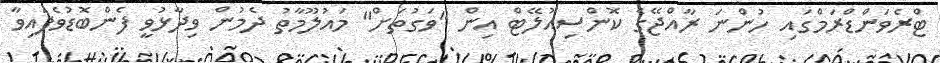
ޓްރެވަންޑްރަމްގައި ހުންނަ ރާއްޖޭގެ ކޮންސިއުލޭޓް އިން "ވަގުތަށް" މައުލޫމާތު ދެމުން ވިދާޅުވީ ފެންބޮޑުވެފައިވާ